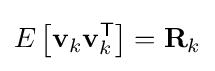
E\left[\mathbf {v} _{k}\mathbf {v} _{k}^{\textsf {T}}\right]=\mathbf {R} _{k}